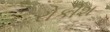
રોકીશ